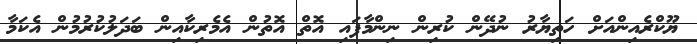
ޔޫކްރެއިންއަށް ހަތިޔާރު ނުދޭން ކުރިން ނިންމާފައި އޮތް އޮތުން އެމެރިކާއިން ބަދަލުކުރުމުން އެކަމާ